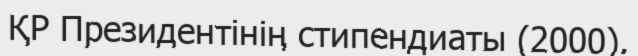
ҚР Президентінің стипендиаты (2000).